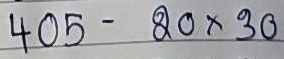
405 - 20 x 30